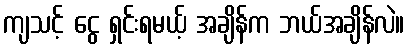
ကျသင့် ငွေ ရှင်းရမယ့် အချိန်က ဘယ်အချိန်လဲ။